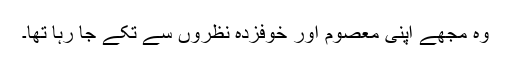
وہ مجھے اپنی معصوم اور خوفزدہ نظروں سے تکے جا رہا تھا۔